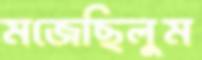
মজেছিলুম